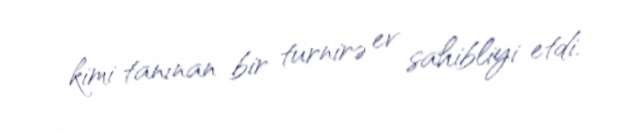
kimi tanınan bir turnirə ev sahibliyi etdi.